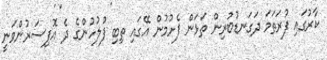
ކާރުގައި ފުރަތަމަ ދަގަނޑުބުރިން ތަޅަން ފެށުމުން އޭގައި ތިބި ފުލުހުންގެ ދެ އޮފިސަރުންވަނީ